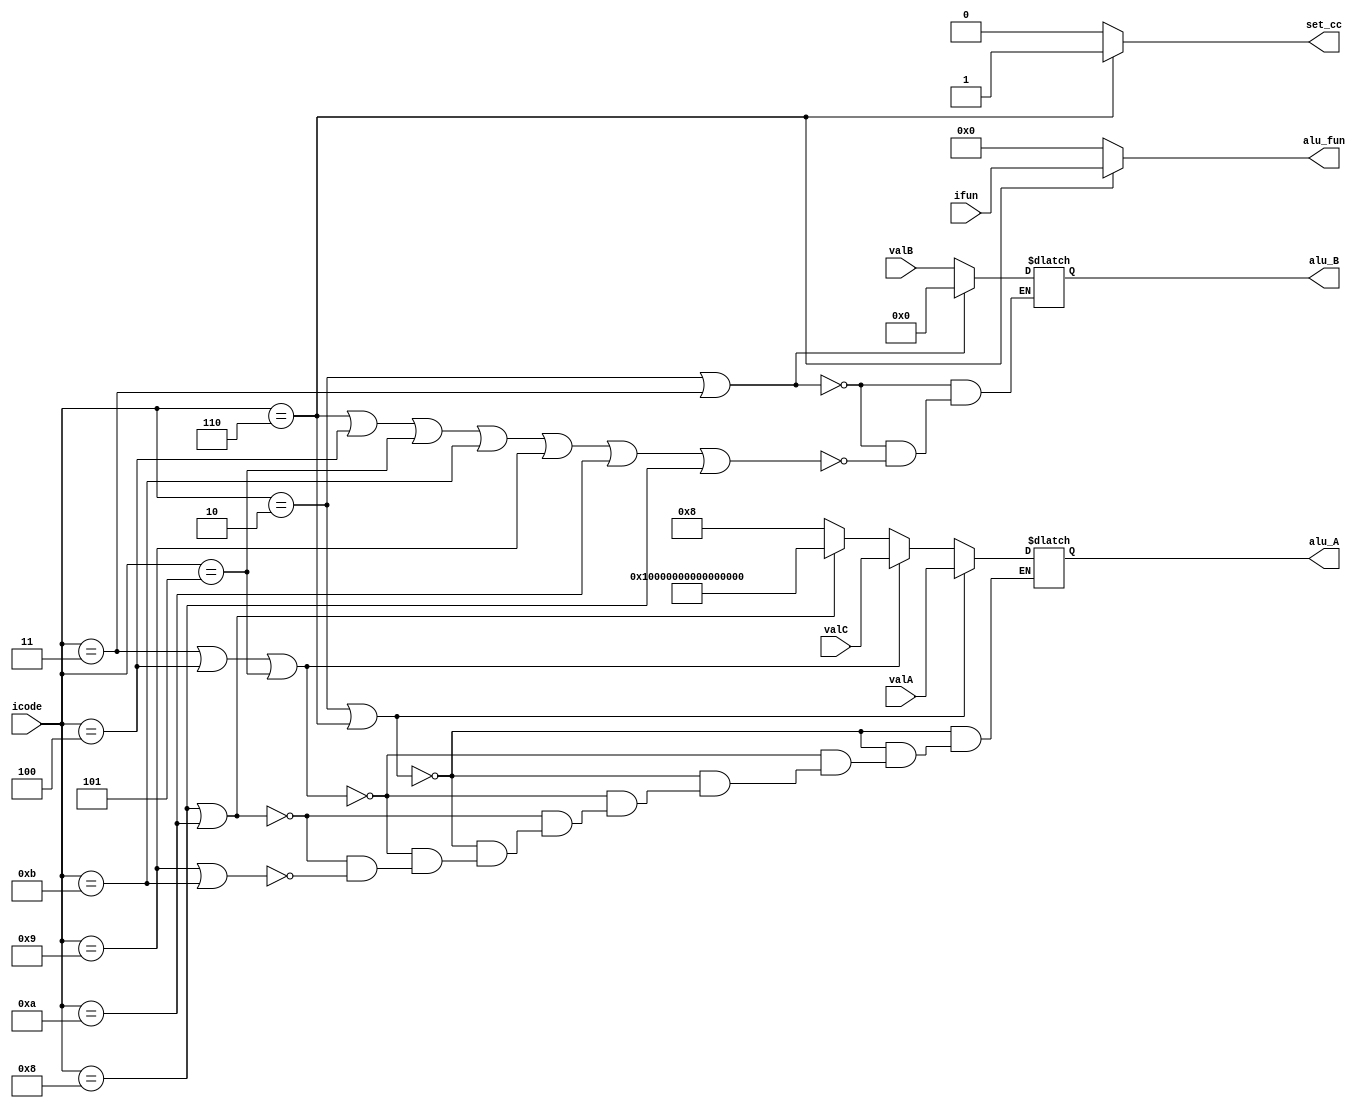
module stageone (icode,ifun,valA,valB,valC,alu_A,alu_B,alu_fun,set_cc);
input [3:0] icode,ifun;
input signed [63:0] valA,valB,valC;
output reg signed [63:0] alu_A,alu_B;
output reg [3:0] alu_fun;
output reg set_cc;

 initial begin

   
   if ((icode==4'b0010)||(icode==4'b0110))          //aluA
      alu_A=valA;

   else if((icode==4'b0011)||(icode==4'b0100)||(icode==4'b0101))
      alu_A=valC;

   else if((icode==4'b1000)||(icode==4'b1010))
      alu_A=-64'd8; 

   else if((icode==4'b1001)||(icode==4'b1011))
      alu_A=64'd8;


   
   if ((icode==4'b0010)||(icode==4'b0011))                  //aluB
      alu_B=64'b0;

   else if((icode==4'b0110)||(icode==4'b0100)||(icode==4'b0101)||(icode==4'b1011)||(icode==4'b1001)||(icode==4'b1010)||(icode==4'b1000))
      alu_B=valB;

   
   
   if (icode==4'b0110)                          //alu_fun   and set_cc                      
      begin
      set_cc=1'b1;
      alu_fun=ifun;
      end
   else
      begin
      alu_fun=4'b0000;
      set_cc=1'b0;
      end
 end

endmodule